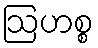
ဩဟစ္စ